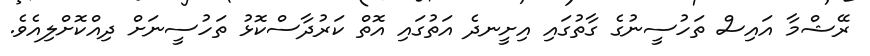
ރޭޝްމާ އައިސް ތަހުސީނުގެ ގާތުގައި އިށީނދެ އަތުގައި އޮތް ކަރުދާސްކޮޅު ތަހުސީނަށް ދިއްކޮށްލިއެވެ.